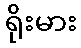
ရိုးမား